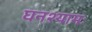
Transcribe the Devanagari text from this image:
घनश्यामः